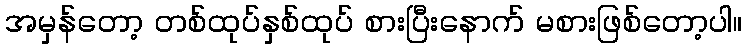
အမှန်တော့ တစ်ထုပ်နှစ်ထုပ် စားပြီးနောက် မစားဖြစ်တော့ပါ။